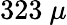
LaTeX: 323~\mu